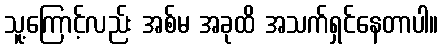
သူ့ကြောင့်လည်း အစ်မ အခုထိ အသက်ရှင်နေတာပါ။